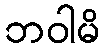
ဘဝါမိ